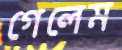
গেলেম